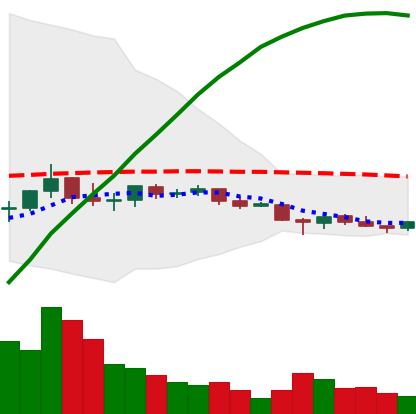
Ticker: EOS-USD
Chart end date: 2021-06-13
Forward return: -10.4%
Label: down_7plus